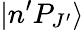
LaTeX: |n^{\prime}P_{J^{\prime}}\rangle